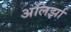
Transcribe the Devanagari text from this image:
अलिर्झा